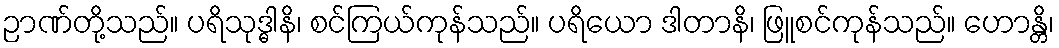
ဉာဏ်တို့သည်။ ပရိသုဒ္ဓါနိ၊ စင်ကြယ်ကုန်သည်။ ပရိယော ဒါတာနိ၊ ဖြူစင်ကုန်သည်။ ဟောန္တိ၊